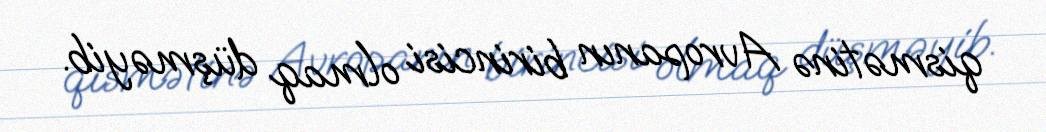
qismətinə Avropanın birincisi olmaq düşməyib.